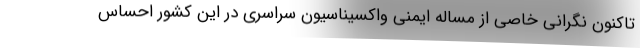
تاکنون نگرانی خاصی از مساله ایمنی واکسیناسیون سراسری در این کشور احساس